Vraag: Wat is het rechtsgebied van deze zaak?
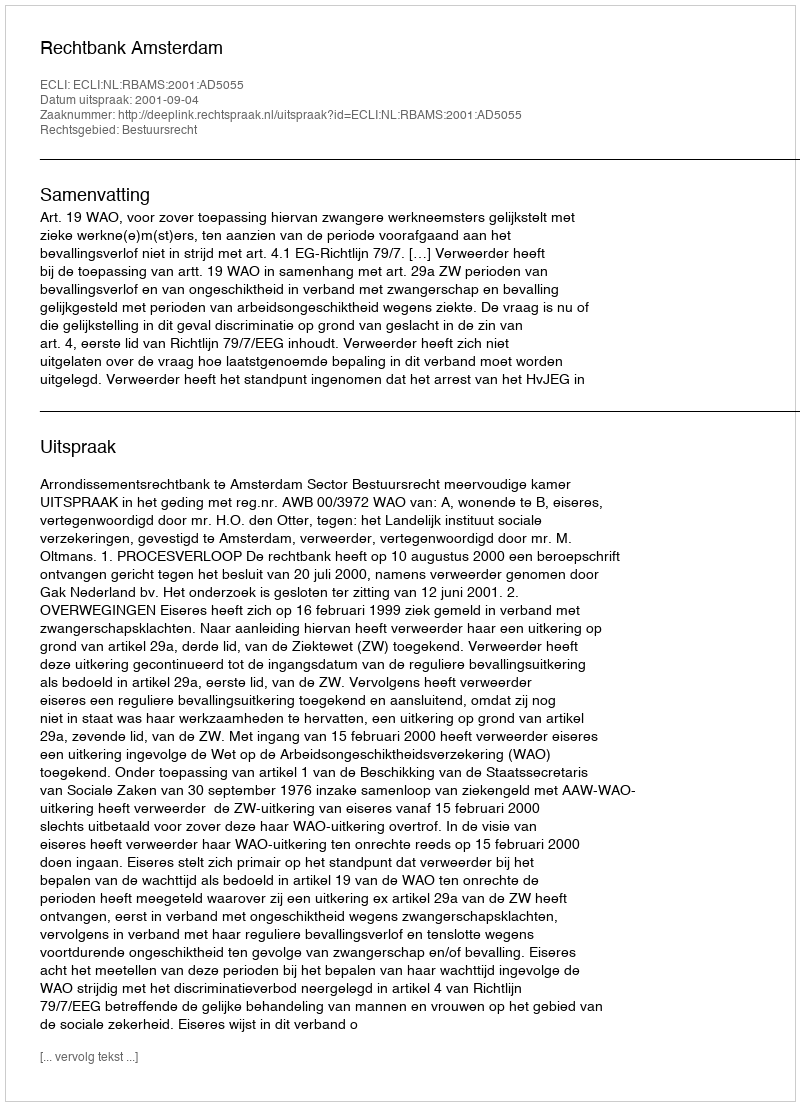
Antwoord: Bestuursrecht